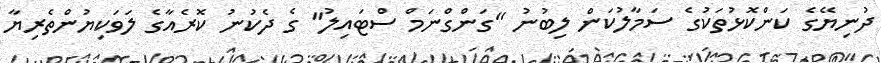
ދުނިޔޭގެ ކަންކޮޅުތަކުގެ ސަމާލުކަން ލިބުނު ''ގަންގްނަމް ސްޓައިލު'' ގެ ދެކުނު ކޮރެއާގެ ލަވަކިޔުންތެރިޔާ